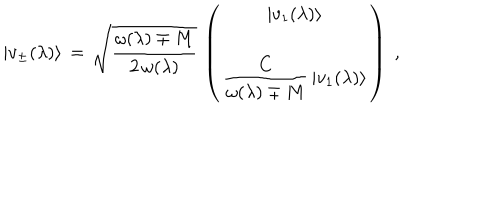
| v _ { \pm } ( \lambda ) \rangle \, = \, \sqrt { \frac { \omega ( \lambda ) \mp M } { 2 \, \omega ( \lambda ) } } \, \left( \begin{array} { c } { { | v _ { 1 } ( \lambda ) \rangle } } \\ { { \displaystyle { \frac { C } { \omega ( \lambda ) \mp M } } \, | v _ { 1 } ( \lambda ) \rangle } } \\ \end{array} \right) \; ,